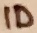
Text: ID